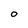
Character: O